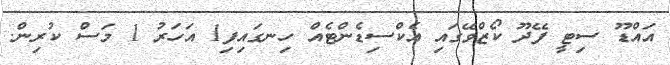
އައްޑޫ ސިޓީ ފޭދޫ ކޯޒްވޭގައި އެކްސިޑެންޓެއް ހިނގައިފި1 އަހަރު 1 މަސް ކުރިން.